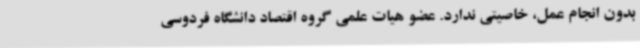
بدون انجام عمل، خاصیتی ندارد. عضو هیات علمی گروه اقتصاد دانشگاه فردوسی